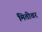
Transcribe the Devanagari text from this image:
मितीवर